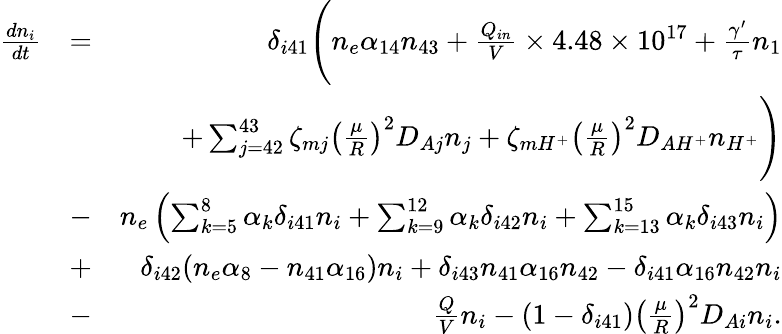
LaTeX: \begin{array}{rlr}{\frac{dn_{i}}{dt}}&{=}&{\delta_{i41}\Biggl(n_{e}\alpha_{14}n_{43}+\frac{Q_{in}}{V}\times 4.48\times 10^{17}+\frac{\gamma^{\prime}}{\tau}n_{1}}\\ &{}&{\quad\quad+\sum_{j=42}^{43}\zeta_{mj}\left(\frac{\mu}{R}\right)^{2}D_{Aj}n_{j}+\zeta_{mH^{+}}\left(\frac{\mu}{R}\right)^{2}D_{AH^{+}}n_{H^{+}}\Biggr)}\\ &{-}&{n_{e}\left(\sum_{k=5}^{8}\alpha_{k}\delta_{i41}n_{i}+\sum_{k=9}^{12}\alpha_{k}\delta_{i42}n_{i}+\sum_{k=13}^{15}\alpha_{k}\delta_{i43}n_{i}\right)}\\ &{+}&{\delta_{i42}(n_{e}\alpha_{8}-n_{41}\alpha_{16})n_{i}+\delta_{i43}n_{41}\alpha_{16}n_{42}-\delta_{i41}\alpha_{16}n_{42}n_{i}}\\ &{-}&{\frac{Q}{V}n_{i}-(1-\delta_{i41})\left(\frac{\mu}{R}\right)^{2}D_{Ai}n_{i}.}\end{array}